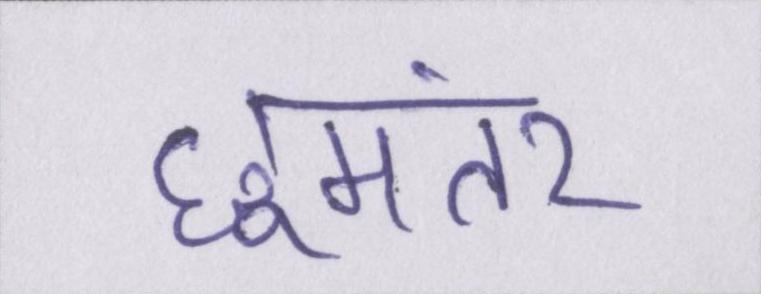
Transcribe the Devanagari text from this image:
छूमंतर